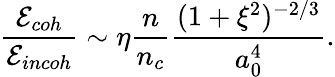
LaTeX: \frac{\mathcal{E}_{coh}}{\mathcal{E}_{incoh}}\sim\eta\frac{n}{n_{c}}\frac{(1+\xi^{2})^{-2/3}}{a_{0}^{4}}.